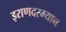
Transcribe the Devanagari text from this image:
इराणदरम्यान